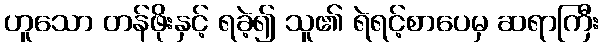
ဟူသော တန်ဖိုးနှင့် ရခဲ့၍ သူ၏ ရဲရင့်စာပေမှ ဆရာကြီး